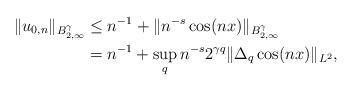
LaTeX: \begin{align*}\|u_{0,n}\|_{B^\gamma_{2,\infty} } &\le n^{-1} +\| n^{-s } \cos(n x)\|_{B^\gamma_{2,\infty }} \\& = n^{-1} + \sup_q n^{-s } 2^{\gamma q } \| \Delta_q \cos(n x) \|_{L^2} ,\end{align*}